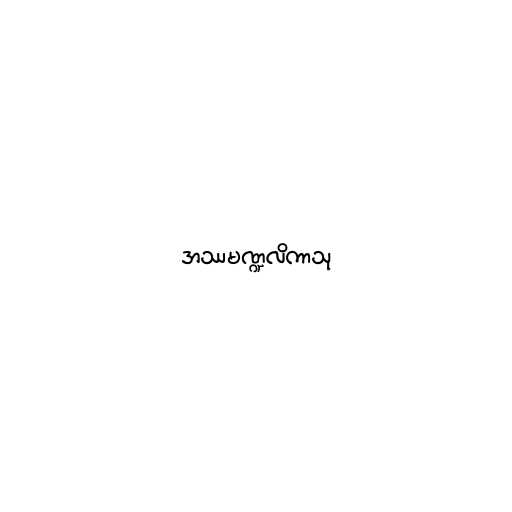
အဿမဏ္ဍလိကာသု